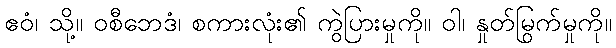
ဧဝံ၊ သို့။ ဝစီဘေဒံ၊ စကားလုံး၏ ကွဲပြားမှုကို။ ဝါ၊ နှုတ်မြွက်မှုကို။